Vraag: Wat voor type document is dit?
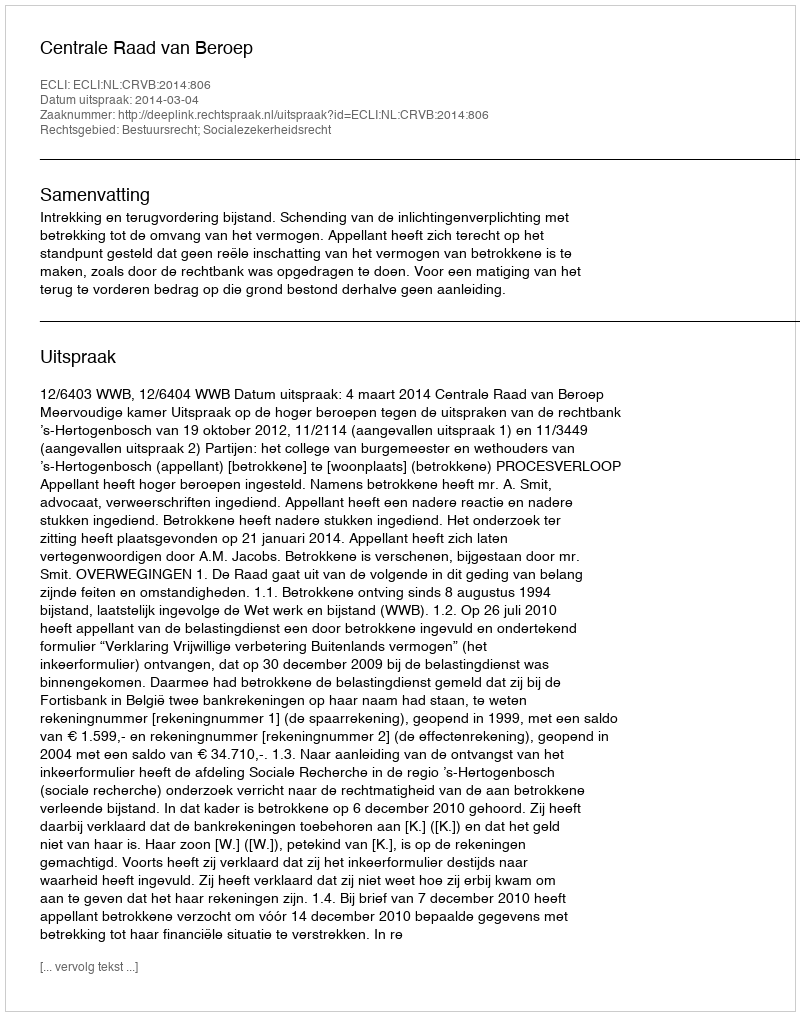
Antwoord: Uitspraak